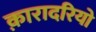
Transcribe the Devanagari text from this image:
क़ारादरियो